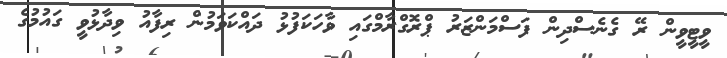
ވީޓީވީން ރޭ ގެނެސްދިން ފަސްމަންޒަރު ޕްރޮގްރާމްގައި ވާހަކަފުޅު ދައްކަވަމުން ރިފާއު ވިދާޅުވީ ގައުމުގެ